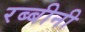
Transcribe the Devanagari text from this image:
रब्बीनी